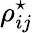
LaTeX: \rho_{ij}^{\star}